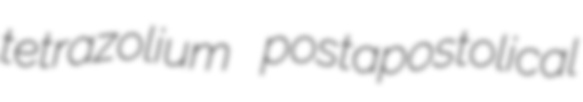
tetrazolium postapostolical